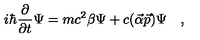
i \hbar \frac { \partial } { \partial t } \Psi = m c ^ { 2 } \beta \Psi + c ( \vec { \alpha } \vec { p } ) \Psi \quad ,